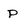
Character: P